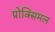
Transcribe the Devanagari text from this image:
प्रोक्सिमल